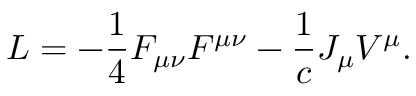
{ \cal L } = - { \frac { 1 } { 4 } } F _ { \mu \nu } F ^ { \mu \nu } - { \frac { 1 } { c } } J _ { \mu } V ^ { \mu } .